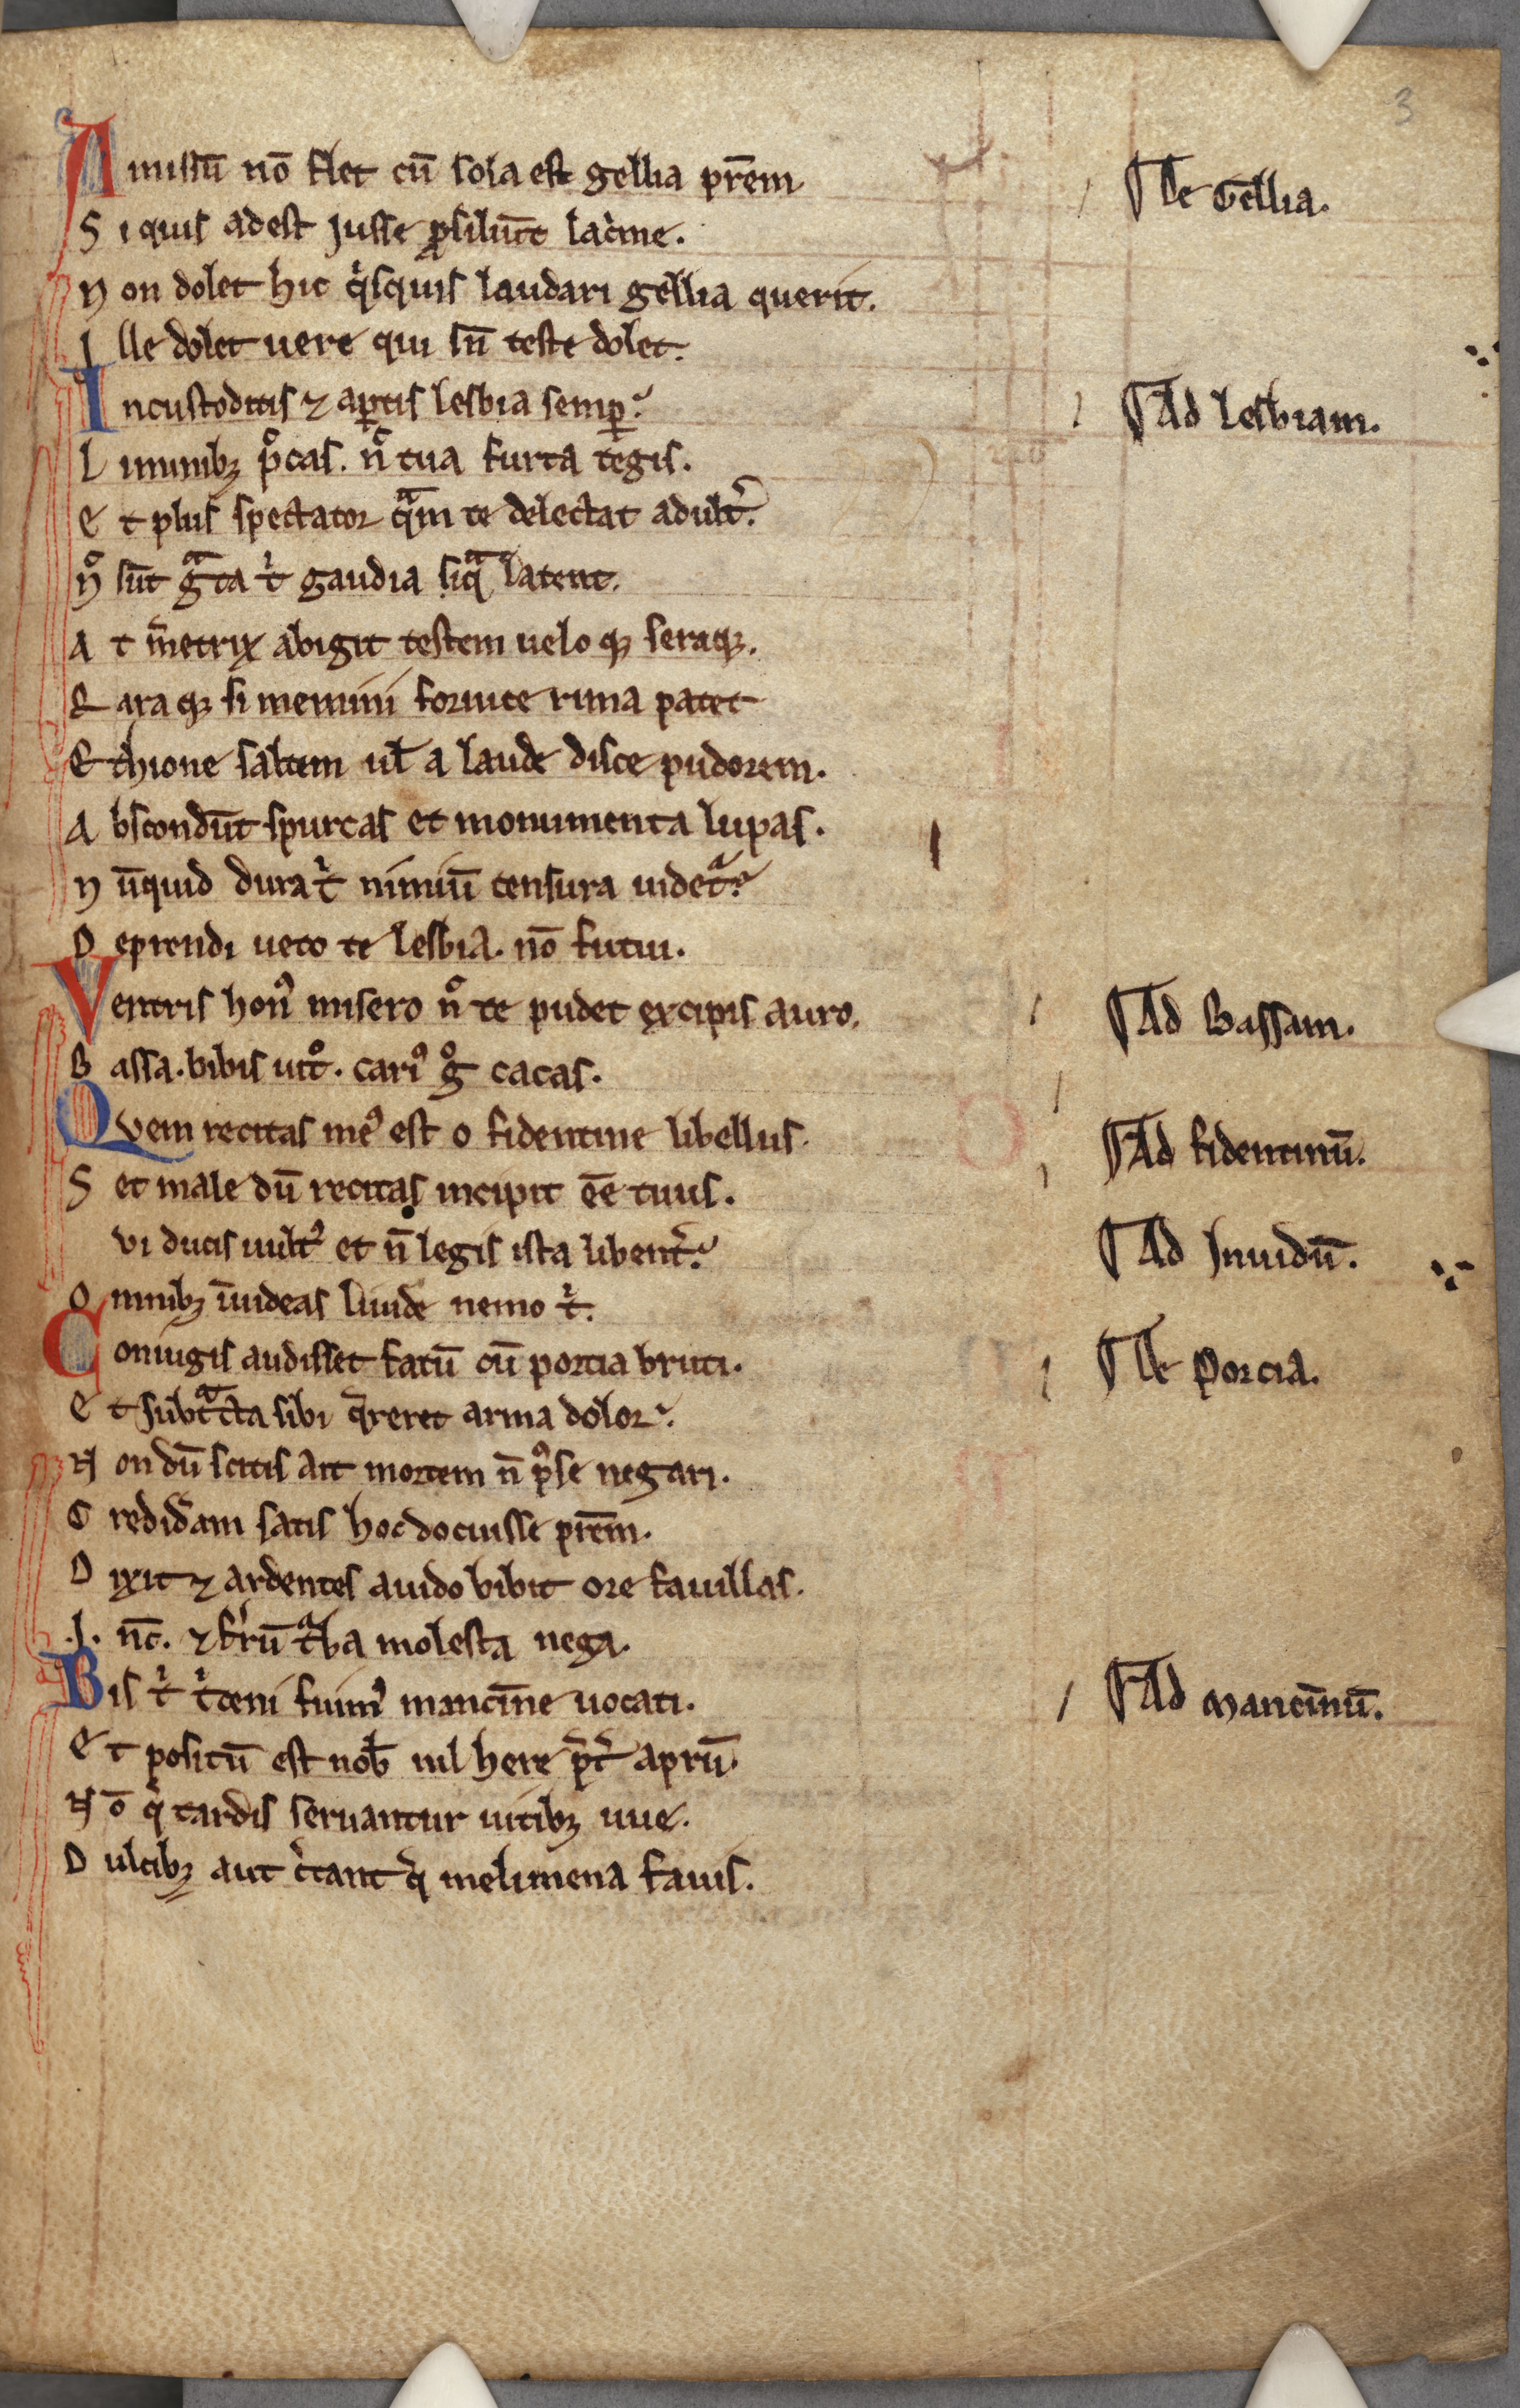
Shelfmark: Cambridge, Corpus Christi College, MS 236
Century: 13